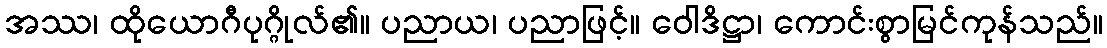
အဿ၊ ထိုယောဂီပုဂ္ဂိုလ်၏။ ပညာယ၊ ပညာဖြင့်။ ဝေါဒိဋ္ဌာ၊ ကောင်းစွာမြင်ကုန်သည်။